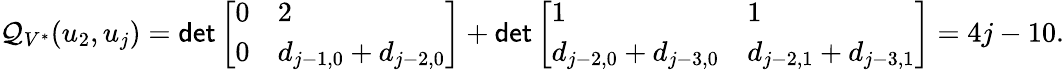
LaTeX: \mathcal{Q}_{V^{*}}(u_{2},u_{j})=\mathsf{{det}}\left[\begin{array}{ll}{0}&{2}\\ {0}&{d_{j-1,0}+d_{j-2,0}}\end{array}\right]+\mathsf{{det}}\left[\begin{array}{ll}{1}&{1}\\ {d_{j-2,0}+d_{j-3,0}}&{d_{j-2,1}+d_{j-3,1}}\end{array}\right]=4j-10.